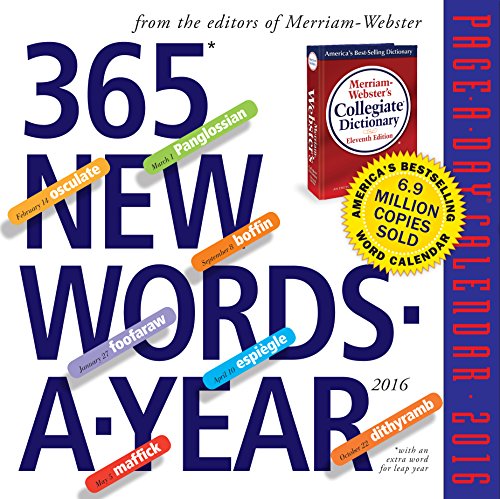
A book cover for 365 New Words-A-Year Page-A-Day Calendar 2016; Merriam-Webster; Calendars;